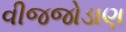
વીજજોડાણ